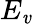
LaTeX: E_{\mathit{v}}